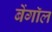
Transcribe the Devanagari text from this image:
बेंगाॅल